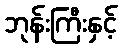
ဘုန်းကြီးနှင့်